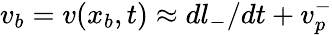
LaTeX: v_{b}=v(x_{b},t)\approx dl_{-}/dt+v_{p}^{-}